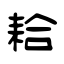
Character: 耠